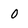
Character: 0